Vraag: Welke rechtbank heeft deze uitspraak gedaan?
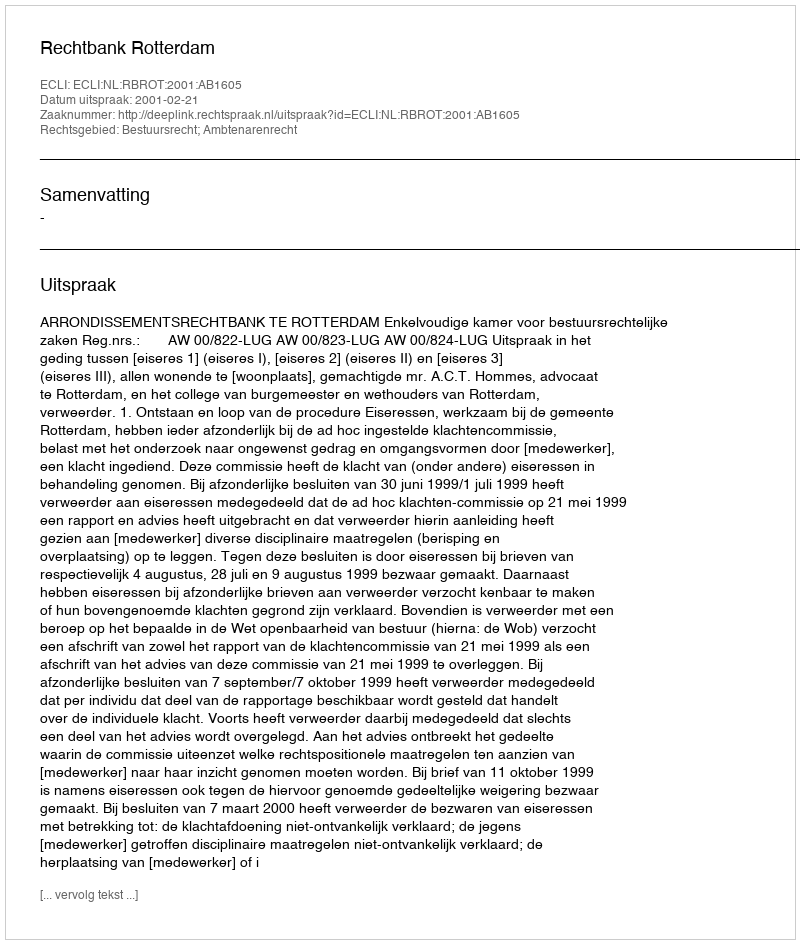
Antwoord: Rechtbank Rotterdam